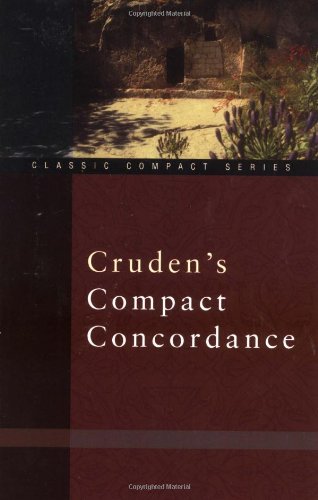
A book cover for Cruden's Compact Concordance; Alexander Cruden; Christian Books & Bibles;